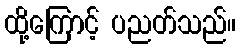
ထို့ကြောင့် ပညတ်သည်။